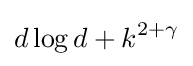
d\log d+k^{2+\gamma }